system: You are a helpful assistant.
user:
Analyze the provided spectrum to determine if it is a **S-type Star**.

- **Key Indicators for S-type Star:**

    - **(Overall Spectrum Shape):** The first and most obvious characteristic is the overall continuum (the "baseline" shape). It is **extremely "red-sloping,"** meaning the flux (light intensity) is very low on the left side (blue, ~4000-4500 Å) and rises steeply and continuously toward the right side (red, ~7000 Å+).

    - **(Primary):** The spectrum is defined by the presence of strong, broad molecular absorption "valleys" (bands) from **Zirconium Oxide (ZrO)**. The identification of these bands is the **primary requirement** for classifying a star as S-type.
        - **(Key Bandheads):** You must find distinct, deep "dips" where the light has been absorbed. The most critical band systems to locate are:
            - **~6474 Å** ($\gamma$-system): This is often the strongest and clearest ZrO feature, found in the red part of the spectrum.
            - **~5718 Å** & **~5551 Å** ($\beta$-system): A pair of prominent absorption features in the yellow-orange part of the spectrum.
            - **~4640 Å** ($\alpha$-system): A key absorption band system in the blue-green region of the spectrum.

    - **(Secondary Confirmation):** The classification is strengthened by finding additional absorption bands from other related heavy element oxides, which are expected to be present alongside ZrO.
        - **(Key Bandheads):**
            - **Yttrium Oxide (YO):** Look for absorption dips near **~4800 Å** and **~6100 Å**.
            - **Lanthanum Oxide (LaO):** Additional absorption features, particularly in the red-orange part of the spectrum, are also characteristic.

    - **(Line Profile):** The combination of the steep red continuum and these numerous, deep molecular bands (ZrO, YO, etc.) gives the entire spectrum a very **"chopped-up"** or **"bumpy"** appearance. Instead of a smooth curve, the spectrum looks as though large, wide chunks of light have been "carved out" of it at the specific wavelengths listed above.

Think first, call **spectral_visualization_tool** if needed to examine features in detail, then provide your final answer. Your response must adhere to the following strict rules:
1.  **Overall Structure:** Your response must follow the format `<think>...</think> <tool_call>...</tool_call> (if a tool is used) <answer>...</answer>`.
2.  **Tool Usage Constraint:** You may only make **one** tool call per turn.
3.  **Final Answer Format:** In the `<answer>` tag, your conclusion must be inside a `\boxed{}` command (e.g., `\boxed{YES}` or `\boxed{NO}`), followed by your justification.

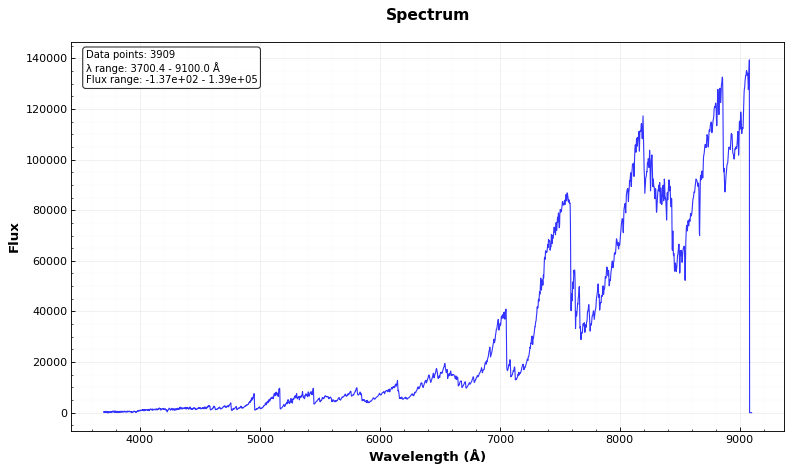
Answer: YES